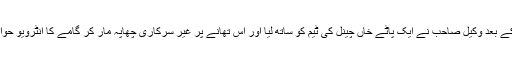
اگلی صبح رہا ہونے کے بعد وکیل صاحب نے ایک پاٹے خاں چینل کی ٹیم کو ساتھ لیا اور اس تھانے پر غیر سرکاری چھاپہ مار کر گامے کا انٹرویو حوالات سےلائیو چلوادیا۔